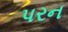
પરન